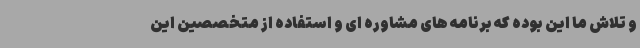
و تلاش ما این بوده که برنامه های مشاوره ای و استفاده از متخصصین این